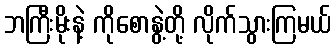
ဘကြီးမိုးနဲ့ ကိုစောနွဲ့တို့ လိုက်သွားကြမယ်